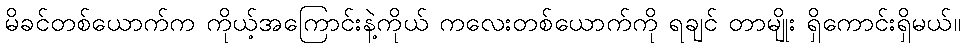
မိခင်တစ်ယောက်က ကိုယ့်အကြောင်းနဲ့ကိုယ် ကလေးတစ်ယောက်ကို ရချင် တာမျိုး ရှိကောင်းရှိမယ်။